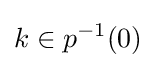
k\in p^{-1}(0)